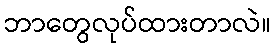
ဘာတွေလုပ်ထားတာလဲ။